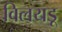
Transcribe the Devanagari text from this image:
विलयडू